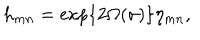
h _ { m n } = \exp \left\{ 2 \Omega ( \sigma ) \right\} \eta _ { m n } ,